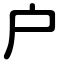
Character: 户